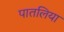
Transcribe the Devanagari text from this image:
पातलिया